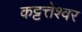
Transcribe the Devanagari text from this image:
कट्टत्तेश्वर